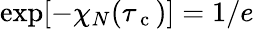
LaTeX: \exp[-\chi_{N}(\tau_{\mathrm{~c~}})]=1/e